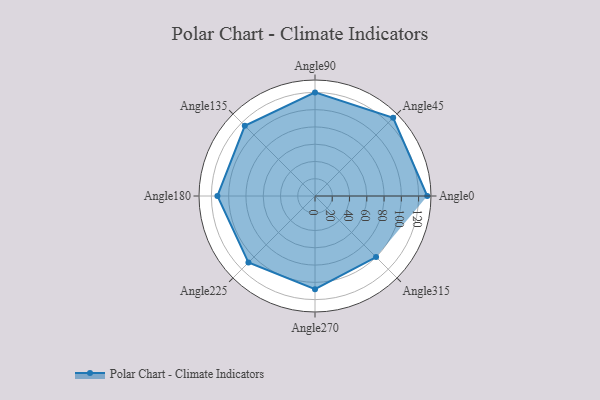
{"axis": {"x": "Angle", "y": "Radius"}, "legend": [""], "data": [{"x": "Angle0", "y": 130.0, "type": ""}, {"x": "Angle45", "y": 128.0, "type": ""}, {"x": "Angle90", "y": 120.0, "type": ""}, {"x": "Angle135", "y": 115.0, "type": ""}, {"x": "Angle180", "y": 113.0, "type": ""}, {"x": "Angle225", "y": 109.0, "type": ""}, {"x": "Angle270", "y": 108.0, "type": ""}, {"x": "Angle315", "y": 100.0, "type": ""}]}